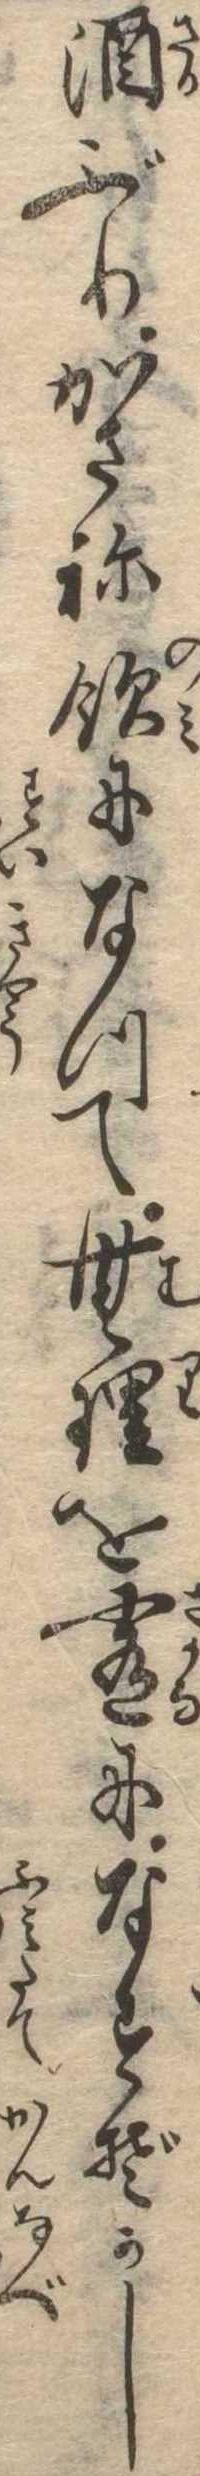
酒ぶりかさね飲になつて無理を肴になすぞかし